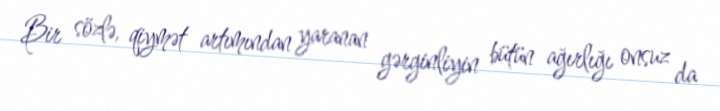
Bir sözlə, qiymət artımından yaranan gərginliyin bütün ağırlığı onsuz da